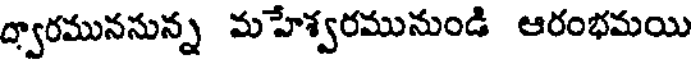
ద్వారమునసున్న మహేశ్వరమునుండి ఆరంభమయి